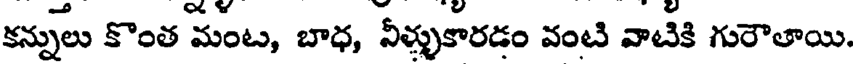
కన్నులు కొంత మంట, బాధ, వీళ్ళుకారడం వంటి వాటికి గురౌతాయి.